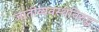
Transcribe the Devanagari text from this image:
जातीव्यवस्थेविरुद्ध